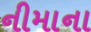
નીમાના